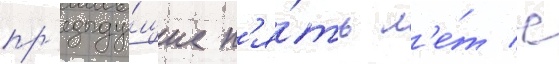
пр'едыду́щие п'я́ть л'е́т с